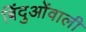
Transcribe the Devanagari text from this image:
बिंदुओंवाली